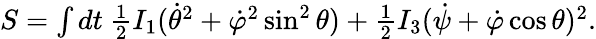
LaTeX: \begin{array}{r}{S=\int dt~\frac 12I_{1}(\dot{\theta}^{2}+\dot{\varphi}^{2}\sin^{2}\theta)+\frac 12I_{3}(\dot{\psi}+\dot{\varphi}\cos\theta)^{2}.}\end{array}